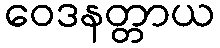
ဝေဒနတ္တာယ